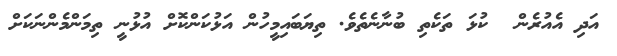
އަދި އެއުރެން  ކުޅަ ތަކެތި ބުނާނެތެވެ. ތިޔަބައިމީހުން އަޅުކަންކޮށް އުޅުނީ ތިމަންމެންނަކަށް